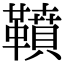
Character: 䩿